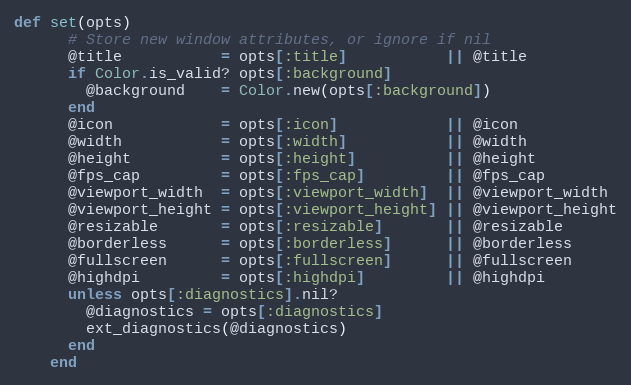
Language: Ruby
def set(opts)
      # Store new window attributes, or ignore if nil
      @title           = opts[:title]           || @title
      if Color.is_valid? opts[:background]
        @background    = Color.new(opts[:background])
      end
      @icon            = opts[:icon]            || @icon
      @width           = opts[:width]           || @width
      @height          = opts[:height]          || @height
      @fps_cap         = opts[:fps_cap]         || @fps_cap
      @viewport_width  = opts[:viewport_width]  || @viewport_width
      @viewport_height = opts[:viewport_height] || @viewport_height
      @resizable       = opts[:resizable]       || @resizable
      @borderless      = opts[:borderless]      || @borderless
      @fullscreen      = opts[:fullscreen]      || @fullscreen
      @highdpi         = opts[:highdpi]         || @highdpi
      unless opts[:diagnostics].nil?
        @diagnostics = opts[:diagnostics]
        ext_diagnostics(@diagnostics)
      end
    end